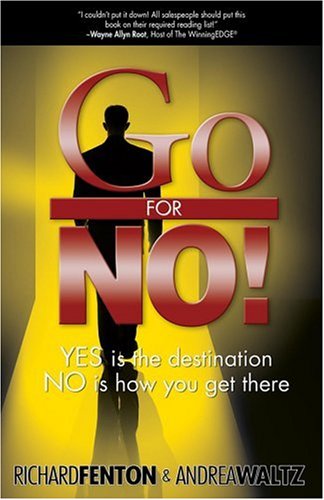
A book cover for Go for No! Yes is the Destination, No is How You Get There; Richard Fenton; Business & Money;